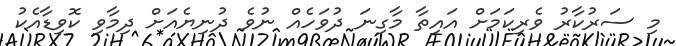
މި ސަރުކާރު ވެރިކަމަށް އައިތާ މާގިނަ ދުވަހެއް ނުވެ ދުނިޔެއަށް ދިމާވި ކޮވިޑާއެކު